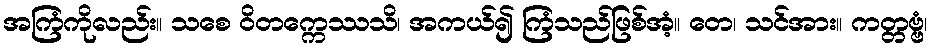
အကြံကိုလည်း။ သစေ ဝိတက္ကေဿသိ၊ အကယ်၍ ကြံသည်ဖြစ်အံ့။ တေ၊ သင်အား။ ကတ္တဗ္ဗံ၊